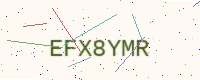
Text: EFX8YMR